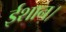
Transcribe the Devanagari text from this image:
ईशान।